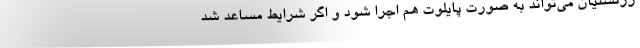
زرتشتیان می‌تواند به صورت پایلوت هم اجرا شود و اگر شرایط مساعد شد